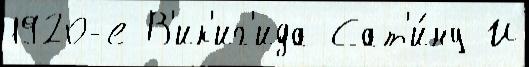
1920-е В'ик'иг'ида Сат'и́ну И